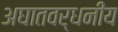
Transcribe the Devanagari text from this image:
अघातवर्धनीय